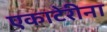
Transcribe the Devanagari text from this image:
एकाटेरीना